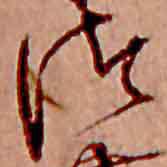
つ